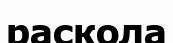
раскола